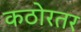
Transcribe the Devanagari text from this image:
कठोरतर